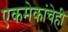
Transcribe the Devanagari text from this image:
एकमेकांचेही